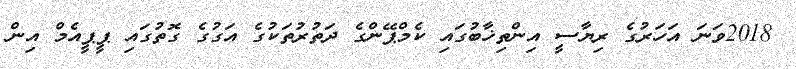
2018ވަނަ އަހަރުގެ ރިޔާސީ އިންތިޚާބުގައި ކެމްޕޭންގެ ދަތުރުތަކުގެ އަގުގެ ގޮތުގައި ޕީޕީއެމް އިން